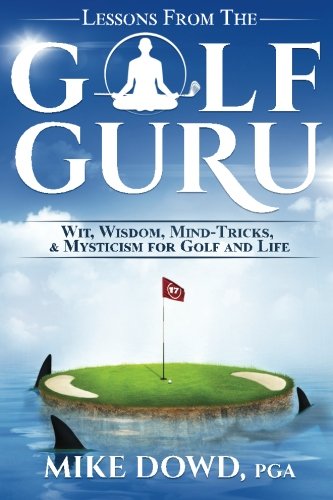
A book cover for Lessons from the Golf Guru: Wit, Wisdom, Mind Tricks, & Mysticism for Golf and Life; Mr Mike E Dowd; Sports & Outdoors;